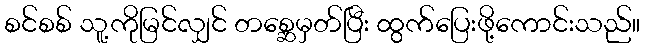
စင်စစ် သူ့ကိုမြင်လျှင် တစ္ဆေမှတ်ပြီး ထွက်ပြေးဖို့ကောင်းသည်။